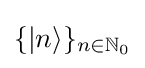
\{\vert n\rangle \}_{n\in \mathbb {N} _{0}}